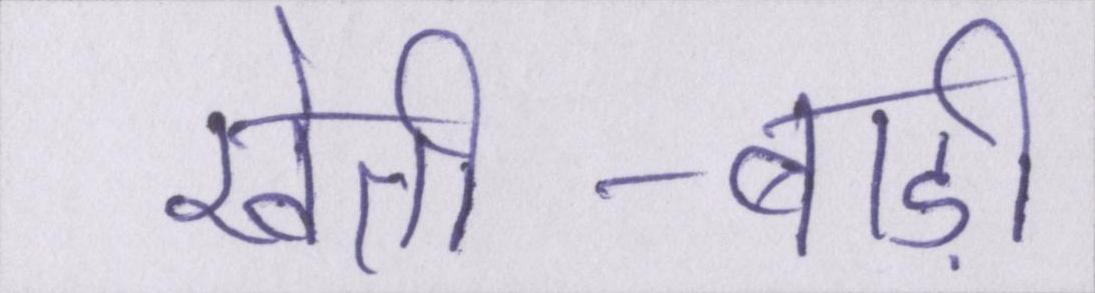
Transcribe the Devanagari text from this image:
खेती-बाड़ी